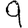
Digit: 9